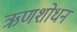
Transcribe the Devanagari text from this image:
ऋणशोधन